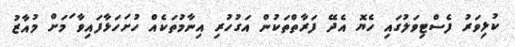
ކުޅިވަރު ފެސްޓިވަލުގައި ހެޔޮ އެދޭ ފަރާތްތަކުން އަގުހުރި އިނާމުތަކެއް ހުށަހަޅާފައިވާ ަމަށް މުއާޒު